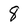
Character: 8